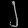
Digit: ၂